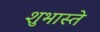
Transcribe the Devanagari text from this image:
शुभास्ते